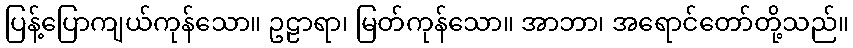
ပြန့်ပြောကျယ်ကုန်သော။ ဥဠာရာ၊ မြတ်ကုန်သော။ အာဘာ၊ အရောင်တော်တို့သည်။